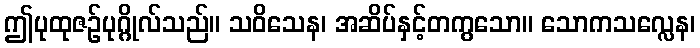
ဤပုထုဇဉ်ပုဂ္ဂိုလ်သည်။ သဝိသေန၊ အဆိပ်နှင့်တကွသော။ သောကသလ္လေန၊